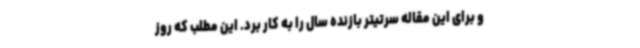
و برای این مقاله سرتیتر بازنده سال را به کار برد. این مطلب که روز